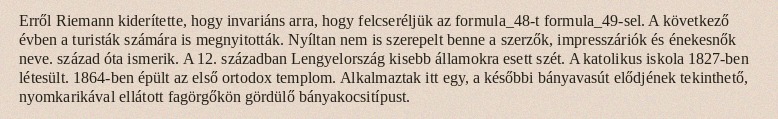
Erről Riemann kiderítette, hogy invariáns arra, hogy felcseréljük az formula_48-t formula_49-sel. A következő évben a turisták számára is megnyitották. Nyíltan nem is szerepelt benne a szerzők, impresszáriók és énekesnők neve. század óta ismerik. A 12. században Lengyelország kisebb államokra esett szét. A katolikus iskola 1827-ben létesült. 1864-ben épült az első ortodox templom. Alkalmaztak itt egy, a későbbi bányavasút elődjének tekinthető, nyomkarikával ellátott fagörgőkön gördülő bányakocsitípust.